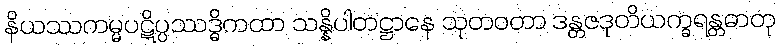
နိယဿကမ္မပဋိပ္ပဿဒ္ဓိကထာ သန္နိပါတဋ္ဌာနေ သုတဝတာ ဒန္တဇဒုတိယက္ခရန္တဓာတု